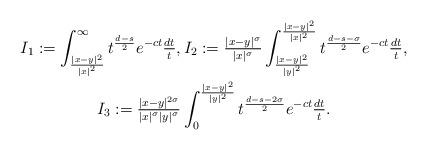
LaTeX: \begin{gather*}I_1 := \int_{\frac{|x-y|^2}{|x|^2}}^\infty t^{\frac{d-s}2}e^{-ct}\tfrac{dt}t, I_2 := \tfrac{|x-y|^{\sigma}}{|x|^{\sigma}}\int_{\frac{|x-y|^2}{|y|^2}}^{\frac{|x-y|^2}{|x|^2}}t^{\frac{d-s-\sigma}2}e^{-ct}\tfrac{dt}t,\\ I_3:= \tfrac{|x-y|^{2\sigma}}{|x|^{\sigma}|y|^{\sigma}}\int_{0}^{\frac{|x-y|^2}{|y|^2}}t^{\frac{d-s-2\sigma}2}e^{-ct}\tfrac{dt}t.\end{gather*}